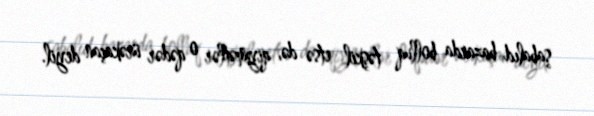
şabalıd bazarda bolluq təşkil etsə də, qiymətlər o qədər ürəkaçan deyil.